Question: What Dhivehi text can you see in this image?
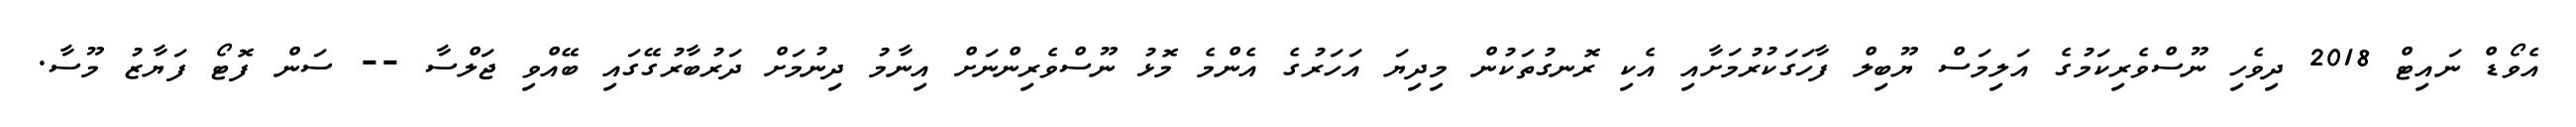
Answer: އެވޯޑް ނައިޓް 2018 ދިވެހި ނޫސްވެރިކަމުގެ އަލިމަސް ޔޫބިލް ފާހަގަކުރުމަށާއި އެކި ރޮނގުތަކުން މިދިޔަ އަހަރުގެ އެންމެ މޮޅު ނޫސްވެރިންނަށް އިނާމު ދިނުމަށް ދަރުބާރުގޭގައި ބޭއްވި ޖަލްސާ -- ސަން ފޮޓޯ ފަޔާޒު މޫސާ.